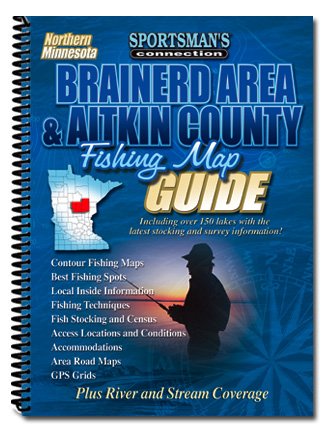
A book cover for Brainerd Area & Atkin County Area Fishing Map Guide; Travel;